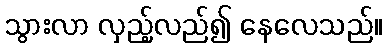
သွားလာ လှည့်လည်၍ နေလေသည်။